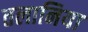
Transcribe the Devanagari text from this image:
तलानिया